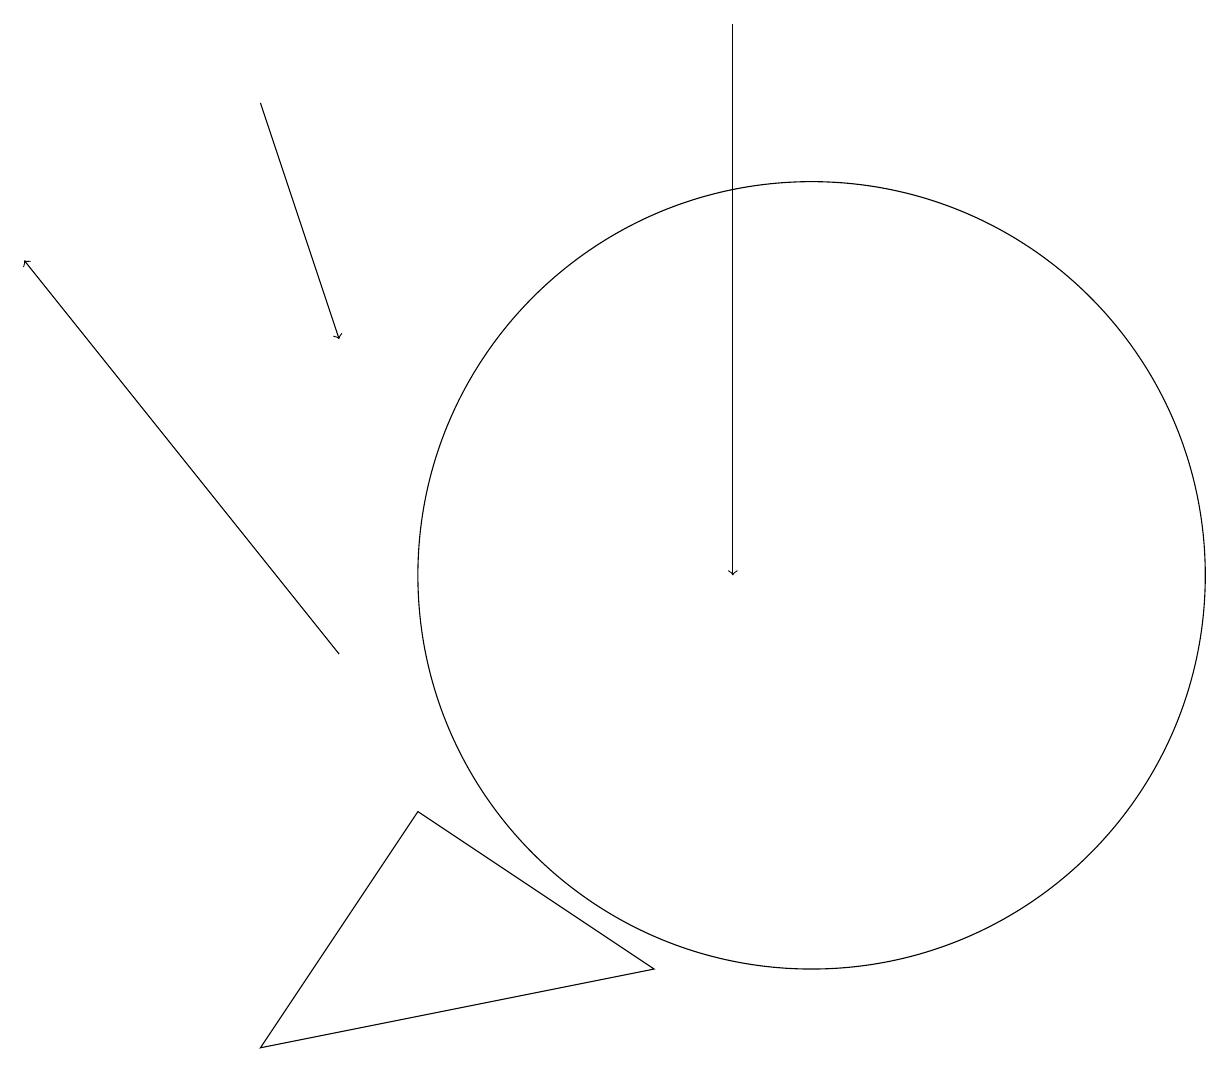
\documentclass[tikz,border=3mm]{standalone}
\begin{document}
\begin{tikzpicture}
\draw[->] (3,17) -- (4,14);
\draw[->] (4,10) -- (0,15);
\draw[->] (9,18) -- (9,11);
\draw (10,11) circle (5);
\draw (5,8) -- (3,5) -- (8,6) -- cycle;
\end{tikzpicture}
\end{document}